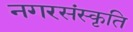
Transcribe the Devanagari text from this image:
नगरसंस्कृति